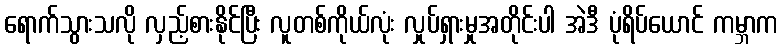
ရောက်သွားသလို လှည့်စားနိုင်ပြီး လူတစ်ကိုယ်လုံး လှုပ်ရှားမှုအတိုင်းပါ အဲဒီ ပုံရိပ်ယောင် ကမ္ဘာက